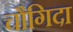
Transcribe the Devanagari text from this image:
चौगिदा